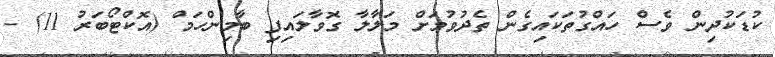
ކުޑަކުދިން ވެސް ހައްގުތަކައިގެން ތެދުވުމަށް މަލާލާ ގޮވާލައިފި ބާމިންހަމް (އޮކްޓޯބަރު 11) -